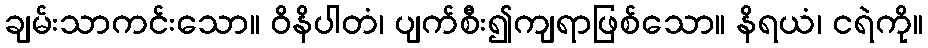
ချမ်းသာကင်းသော။ ဝိနိပါတံ၊ ပျက်စီး၍ကျရာဖြစ်သော။ နိရယံ၊ ငရဲကို။